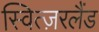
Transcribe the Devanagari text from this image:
स्वित्ज़रलैंड